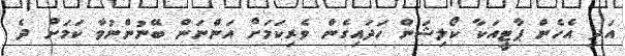
އަދި އެހެން ޕާޓީއަކާ ކޯލިޝަން ހަދައިގެން ވެރިކަމަށް އަންނަން ބޭނުންނުވާ ކަމަށް ދެ